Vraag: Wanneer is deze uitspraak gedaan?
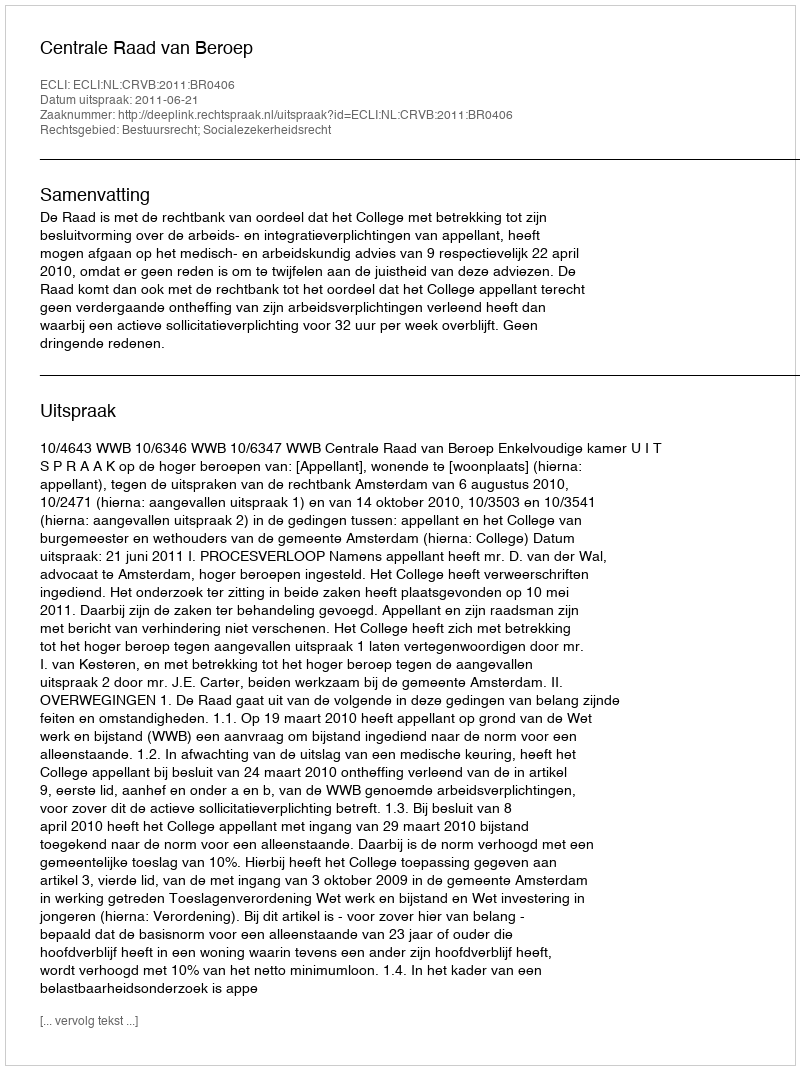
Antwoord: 2011-06-21